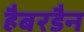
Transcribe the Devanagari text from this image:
हैबरडैन